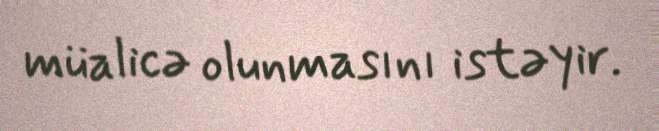
müalicə olunmasını istəyir.